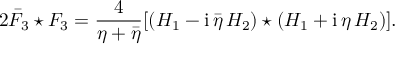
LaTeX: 2 \bar { F } _ { 3 } \star F _ { 3 } = \frac { 4 } { \eta + \bar { \eta } } [ ( H _ { 1 } - \mathrm { i } \, \bar { \eta } \, H _ { 2 } ) \star ( H _ { 1 } + \mathrm { i } \, \eta \, H _ { 2 } ) ] .